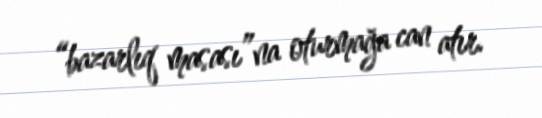
“bazarlıq masası”na oturmağa can atır.